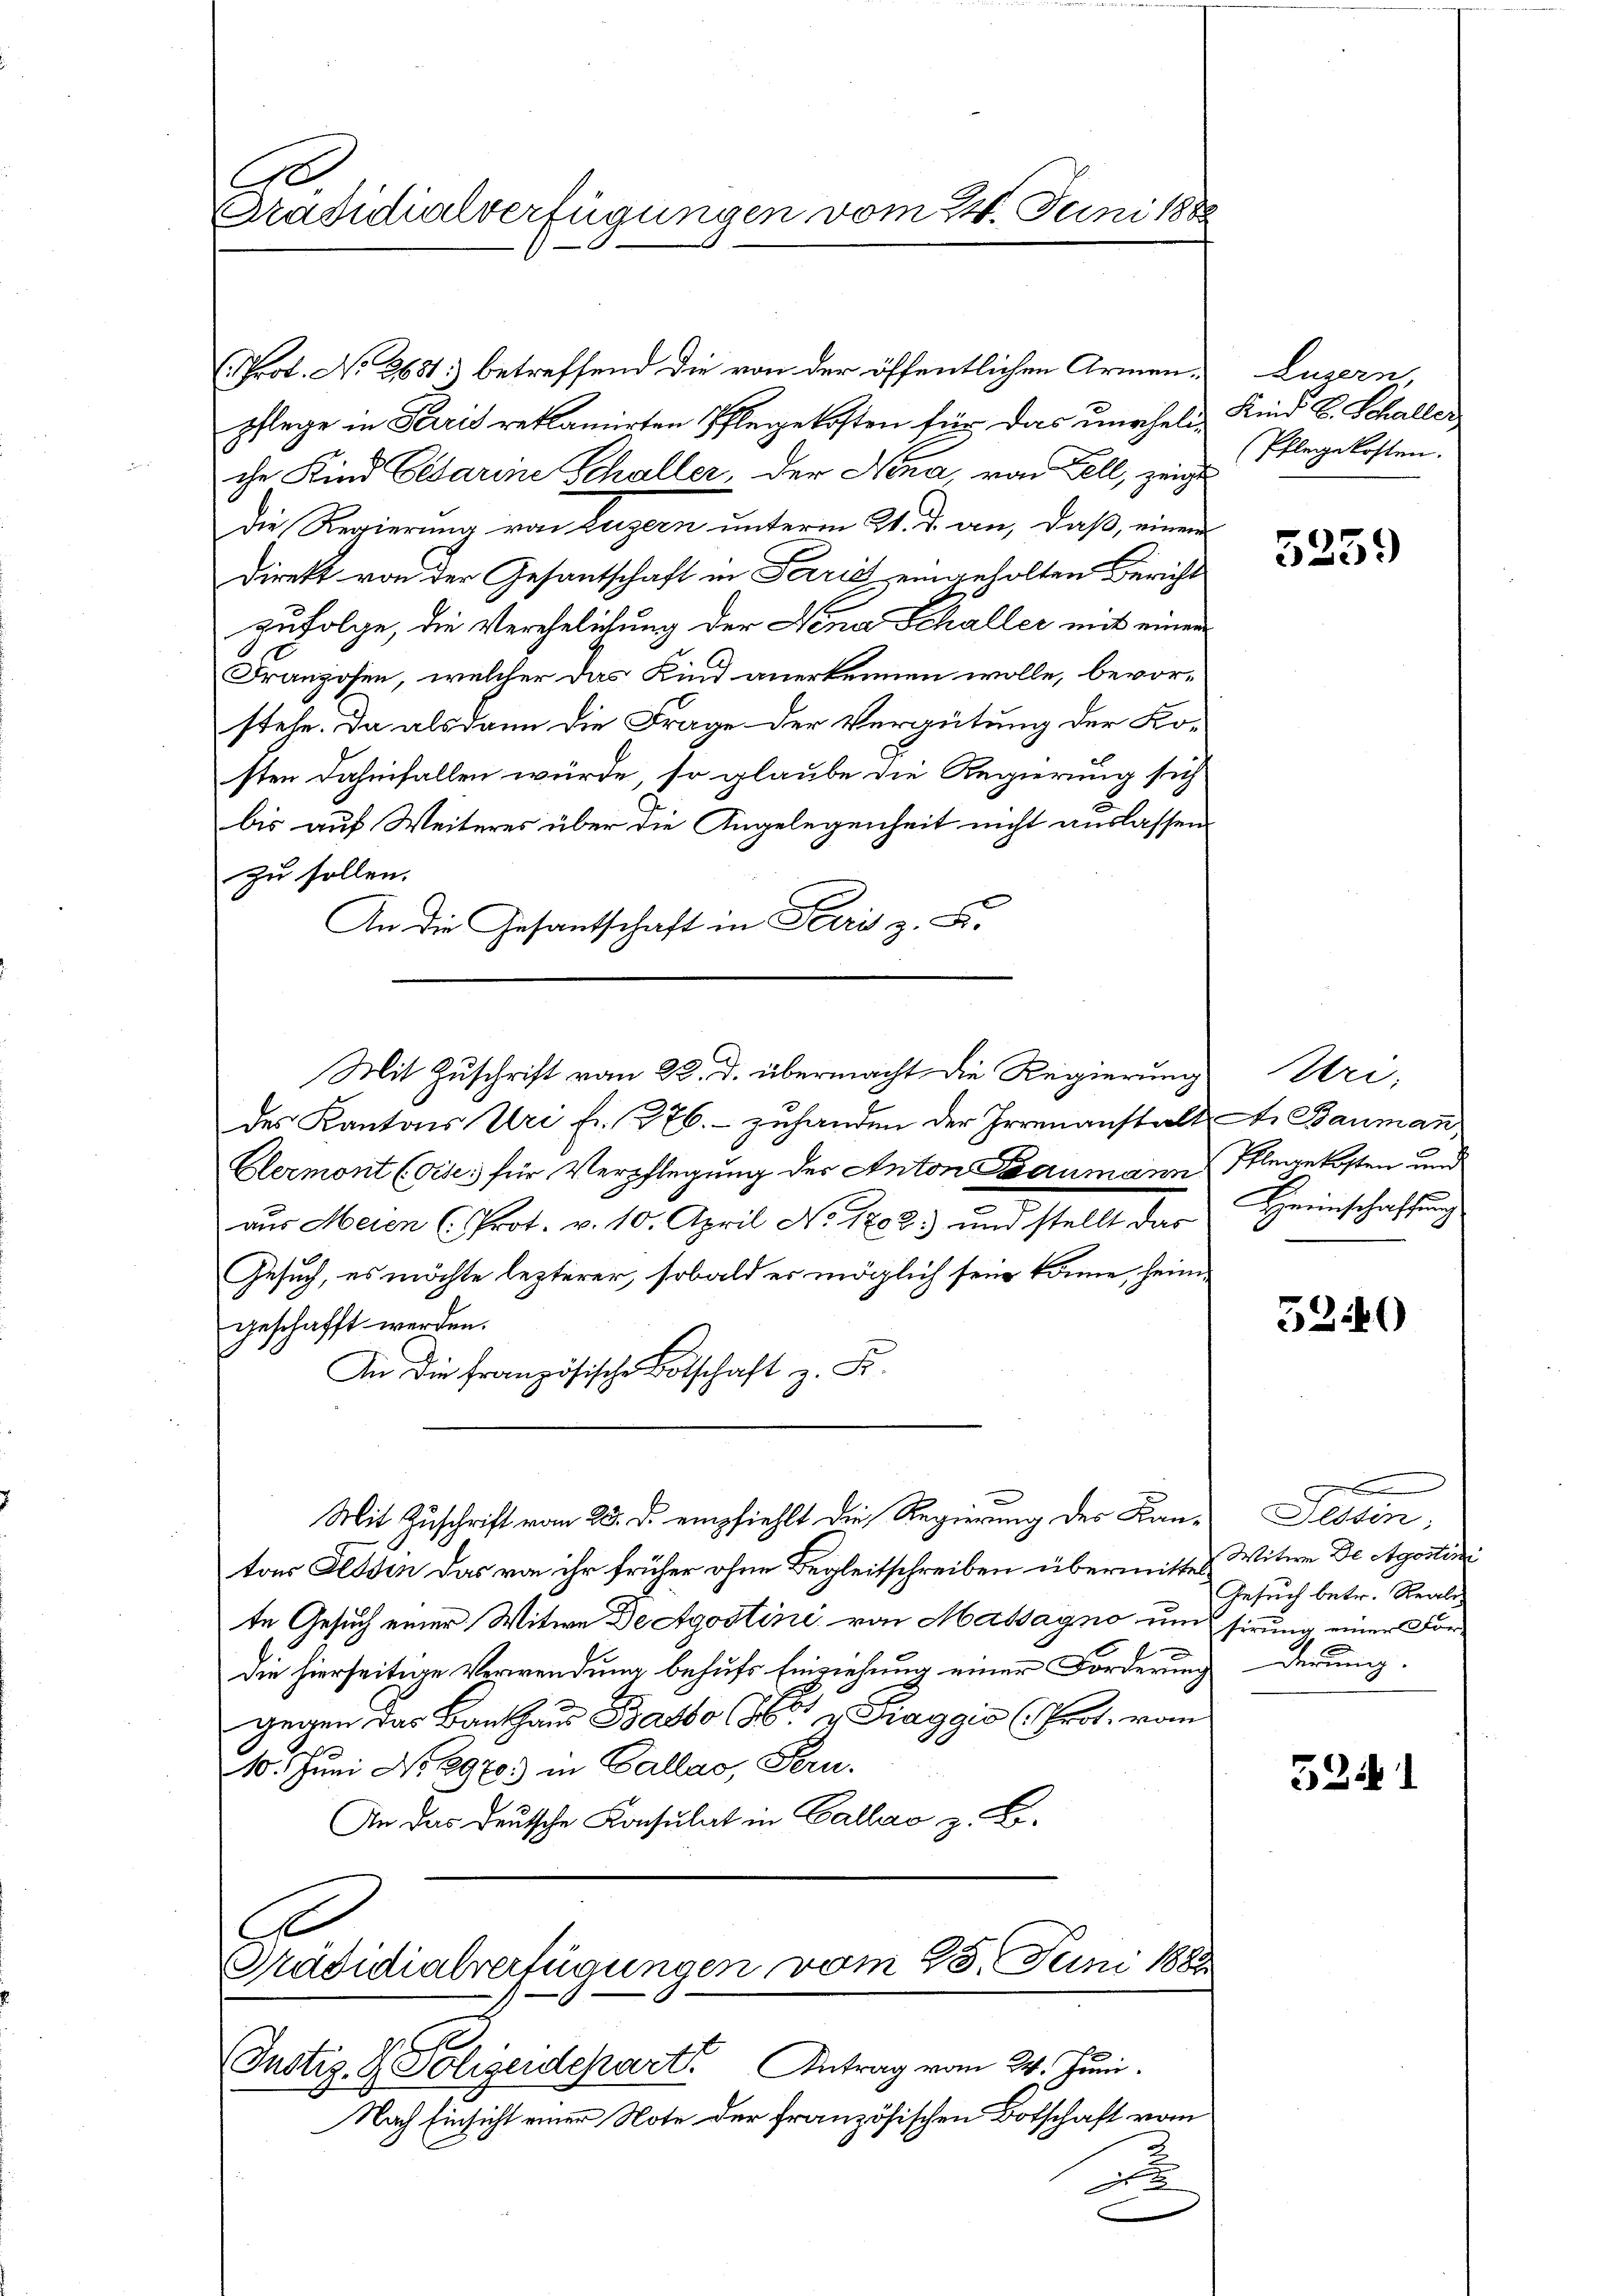
C
Präsidialverfügungen vom 24. Juni 1888

Prot. No 2681 betreffend die von der öffentlichen Armen- Luzern,
pflege in Paris reklamirten Pflegekosten für das uneheliche Kind Cesarine Schaller, der Nena, von Fall, zeige
Die Regierung von Luzern unterm 21. J. an, daß, einem
direkt von der Gesantschaft in Perić eingeholten Bericht
zufolge, die Verehelichung der Vena Schaller mit einer
Franzosen, welcher das Kind anerkennen wolle, bevor-
stehe. Da alsdann die Frage der Vergütung der Ko-
sten dahinfallen würde, so glaube die Regierung sich
bis auf Weiteres über die Angelegenheit nicht auslassen
zu sollen.
An die Gesantschaft in Peri z. B.
des Kantons Uri fr. 376.- zuhanden der Irrenanstalt Dr Bauman
Glermont (Gises für Verpflegung der Anton Baumann
aus Meien (Prot. v. 10. April No 1702. und stellt das
Gesuch, es möchte lezterer, sobald es möglich sein könne, heim
geschafft werden.
An die französische Botschaft z. Fr.
.
Mit Zuschrift vom 23. d. empfiehlt die Regierung des Kantons Tessin das von ihr früher ohne Begleitschreiben übermitter Witwe De Agosten
te Gesuch einer Witwe Dectgostini von Massagno, um
die hierseitige Verwendung behufs Einziehung einer Forderung
gegen das Bankhaus Bratto (86 u. Fraggis (Prot. vom
10. Juni No 8970. in Gallas, Fern.
An das Deutsche Konsulat in Gallao z. B.
C
Präsidialverfügungen vom 25. Juni 1882

Mit Zuschrift vom 22. d. übermacht die Regierung

s
Justiz- & Polizeidepart Antrag vom 24. Juni.

Nach Einsicht einer Note der französischen Botschaft vom
u

Kind E. Schaller
Pflegekosten.

5259

Weri
Pflegekosten und
Heimschaffung

5240

e
Tessin;
Gesuch betr. Reale
sirung einer For-
derung

5241